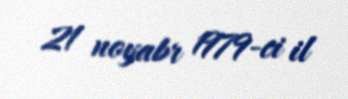
21 noyabr 1979-ci il